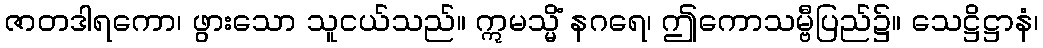
ဇာတဒါရကော၊ ဖွားသော သူငယ်သည်။ ဣမသ္မိံ နဂရေ၊ ဤကောသမ္ဗီပြည်၌။ သေဋ္ဌိဋ္ဌာနံ၊